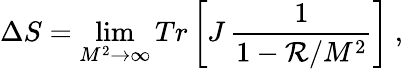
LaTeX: \Delta S=\operatorname*{lim}_{M^{2}\rightarrow\infty}Tr\left[J\, \frac{1}{1-{\cal R}/M^{2}}\right]\ ,